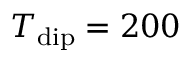
T _ { \mathrm { d i p } } = 2 0 0